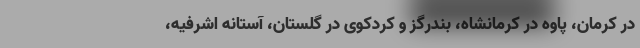
در کرمان، پاوه در کرمانشاه، بندرگز و کردکوی در گلستان، آستانه اشرفیه،